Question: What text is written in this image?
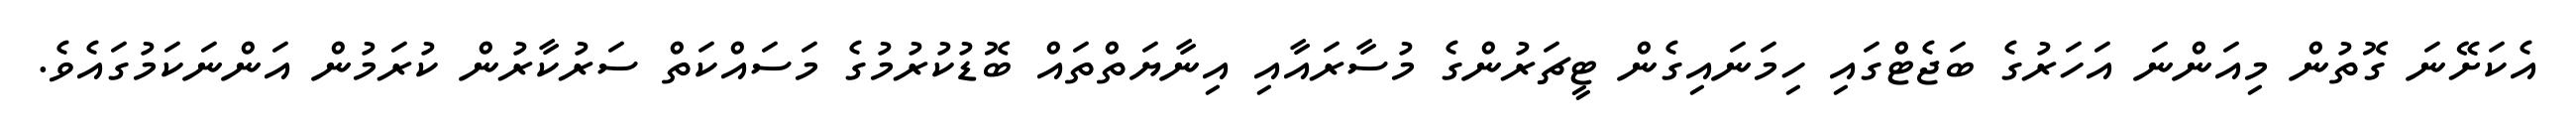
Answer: އެކަށޭނަ ގޮތުން މިއަންނަ އަހަރުގެ ބަޖެޓްގައި ހިމަނައިގެން ޓީޗަރުންގެ މުސާރައާއި އިނާޔަތްތައް ބޮޑުކުރުމުގެ މަސައްކަތް ސަރުކާރުން ކުރަމުން އަންނަކަމުގައެވެ.